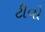
ટીવો